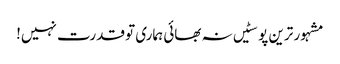
مشہور ترین پوسٹیں	نہ بھائی ہماری تو قدرت نہیں!